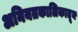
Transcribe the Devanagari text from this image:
अनियतकालिकातून